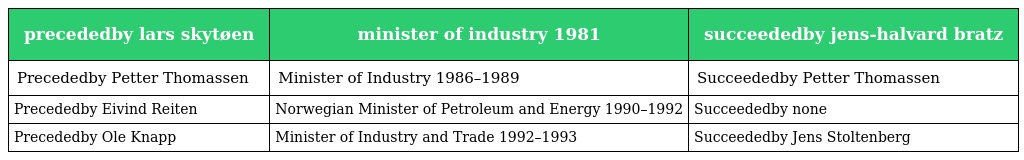
| precededby lars skytøen | minister of industry 1981 | succeededby jens-halvard bratz |
 | --- | --- | --- |
 | Precededby Petter Thomassen | Minister of Industry 1986–1989 | Succeededby Petter Thomassen |
 | Precededby Eivind Reiten | Norwegian Minister of Petroleum and Energy 1990–1992 | Succeededby none |
 | Precededby Ole Knapp | Minister of Industry and Trade 1992–1993 | Succeededby Jens Stoltenberg |